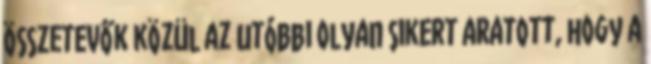
összetevők közül az utóbbi olyan sikert aratott, hogy a